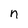
Character: n